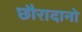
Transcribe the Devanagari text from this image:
छौरादानो